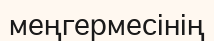
меңгермесінің